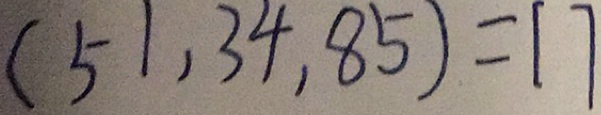
( 5 1 , 3 4 , 8 5 ) = [ 7